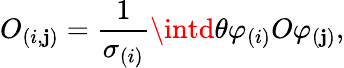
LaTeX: O_{(i,\mathbf{j})}=\frac{{1}}{{\sigma_{(i)}}}\intd\theta\varphi_{(i)}O\varphi_{(\mathbf{j})},